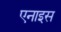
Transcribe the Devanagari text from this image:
एनाइस